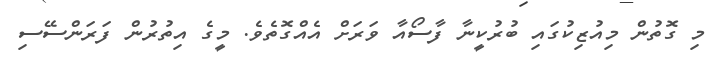
މި ގޮތުން މިއުޒިކުގައި ބުރުކީނާ ފާސޯއާ ވަރަށް އެއްގޮތެވެ. މީގެ އިތުރުން ފަރަންސޭސި